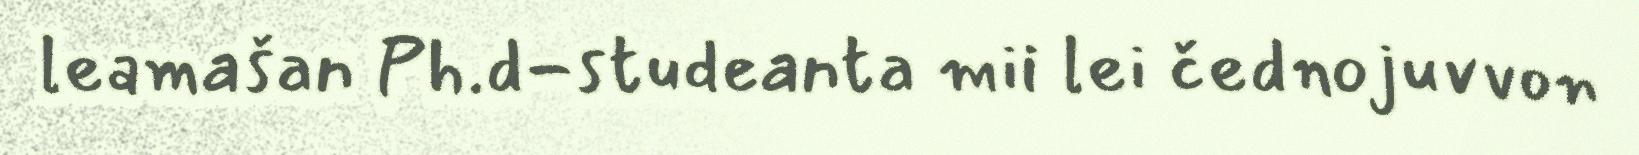
leamašan Ph.d-studeanta mii lei čednojuvvon